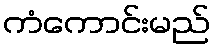
ကံကောင်းမည်